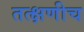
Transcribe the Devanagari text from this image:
तत्क्षणीच